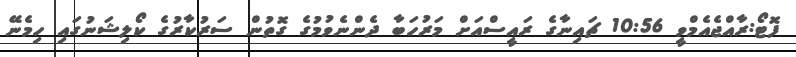
ފޮޓޯ:ރާއްޖެއެމްވީ 10:56 ޗައިނާގެ ރައީސްއަށް މަރުހަބާ ދެންނެވުމުގެ ގޮތުން ސަރުކާރުގެ ކޯލިޝަނުގައި ހިމެނޭ